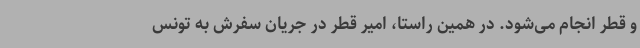
و قطر انجام می‌شود. در همین راستا، امیر قطر در جریان سفرش به تونس